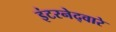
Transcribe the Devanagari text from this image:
इंटरनेद्वारे